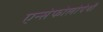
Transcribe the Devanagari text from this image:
एन्सेफोलोपेथी